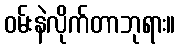
ဝမ်းနဲလိုက်တာဘုရား။